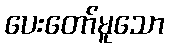
ပေးတော်မူသော